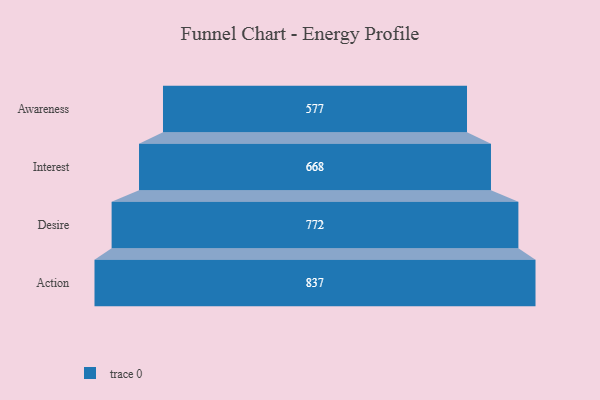
{"axis": {"x": "Stage", "y": "Value"}, "legend": [""], "data": [{"x": "Awareness", "y": 577.0, "type": ""}, {"x": "Interest", "y": 668.0, "type": ""}, {"x": "Desire", "y": 772.0, "type": ""}, {"x": "Action", "y": 837.0, "type": ""}]}